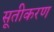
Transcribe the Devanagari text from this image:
सूतीकरण